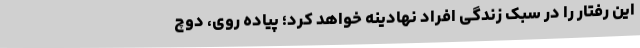
این رفتار را در سبک زندگی افراد نهادینه خواهد کرد؛ پیاده روی، دوچ